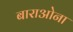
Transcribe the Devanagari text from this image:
बाराओना